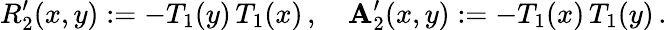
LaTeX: R_{2}^{\prime}(x,y):=-T_{1}(y)\, T_{1}(x)\, ,\quad\mathbf{A}_{2}^{\prime}(x,y):=-T_{1}(x)\, T_{1}(y)\, .